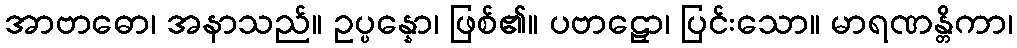
အာဗာဓော၊ အနာသည်။ ဥပ္ပန္နော၊ ဖြစ်၏။ ပဗာဠှော၊ ပြင်းသော။ မာရဏန္တိကာ၊